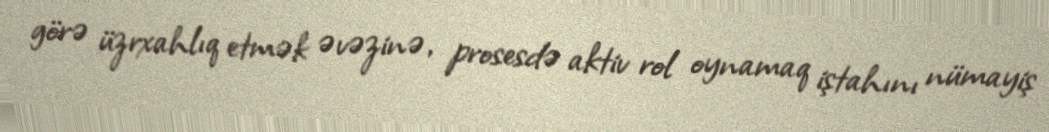
görə üzrxahlıq etmək əvəzinə, prosesdə aktiv rol oynamaq iştahını nümayiş